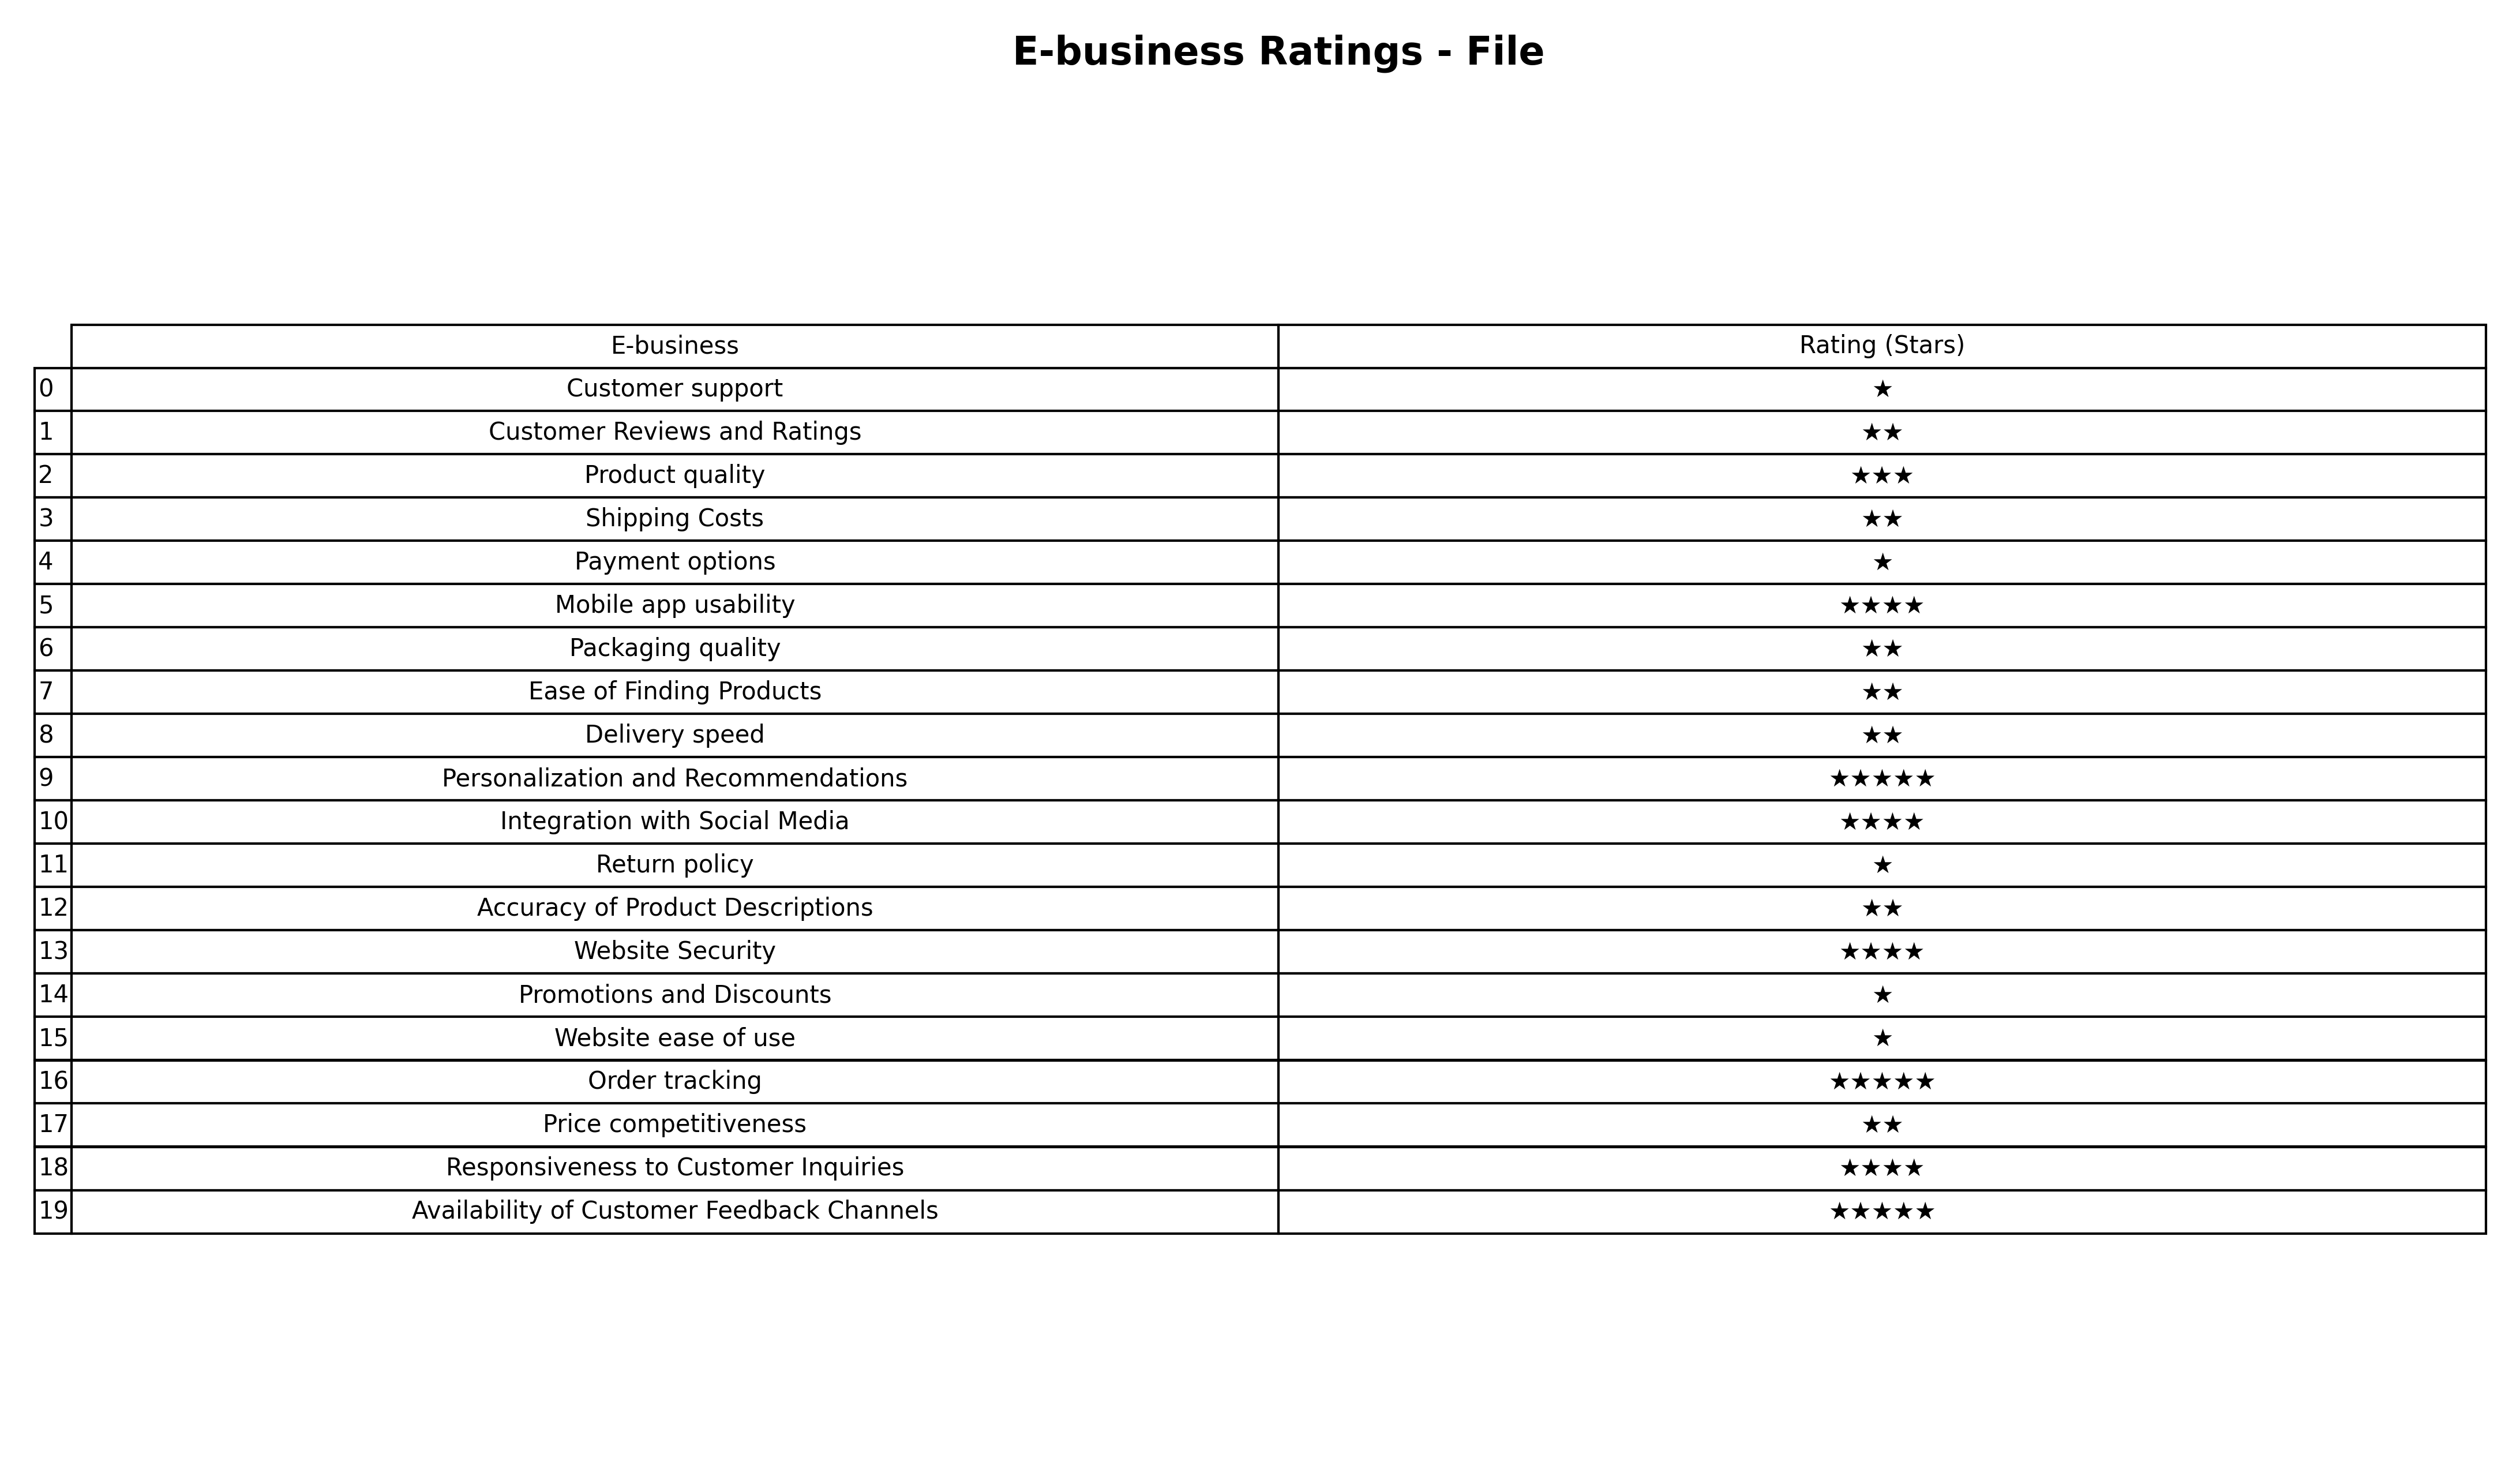
question: What are lowest rating services?
answer: Product quality